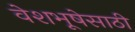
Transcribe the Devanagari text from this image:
वेशभूषेसाठी